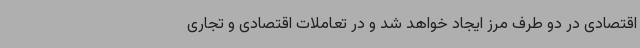
اقتصادی در دو طرف مرز ایجاد خواهد شد و در تعاملات اقتصادی و تجاری